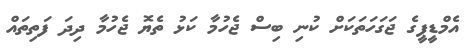
އެމްޑީޕީގެ ޖަގަހަތަކަށް ކުނި ބިސް ޖެހުމާ ކަޅު ތެޔޮ ޖެހުމާ ދިދަ ފަތިތައް